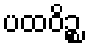
ပထဝိဉ္စ